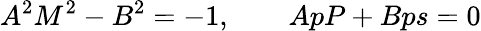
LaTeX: A^{2}M^{2}-B^{2}=-1,\qquad ApP+Bps=0